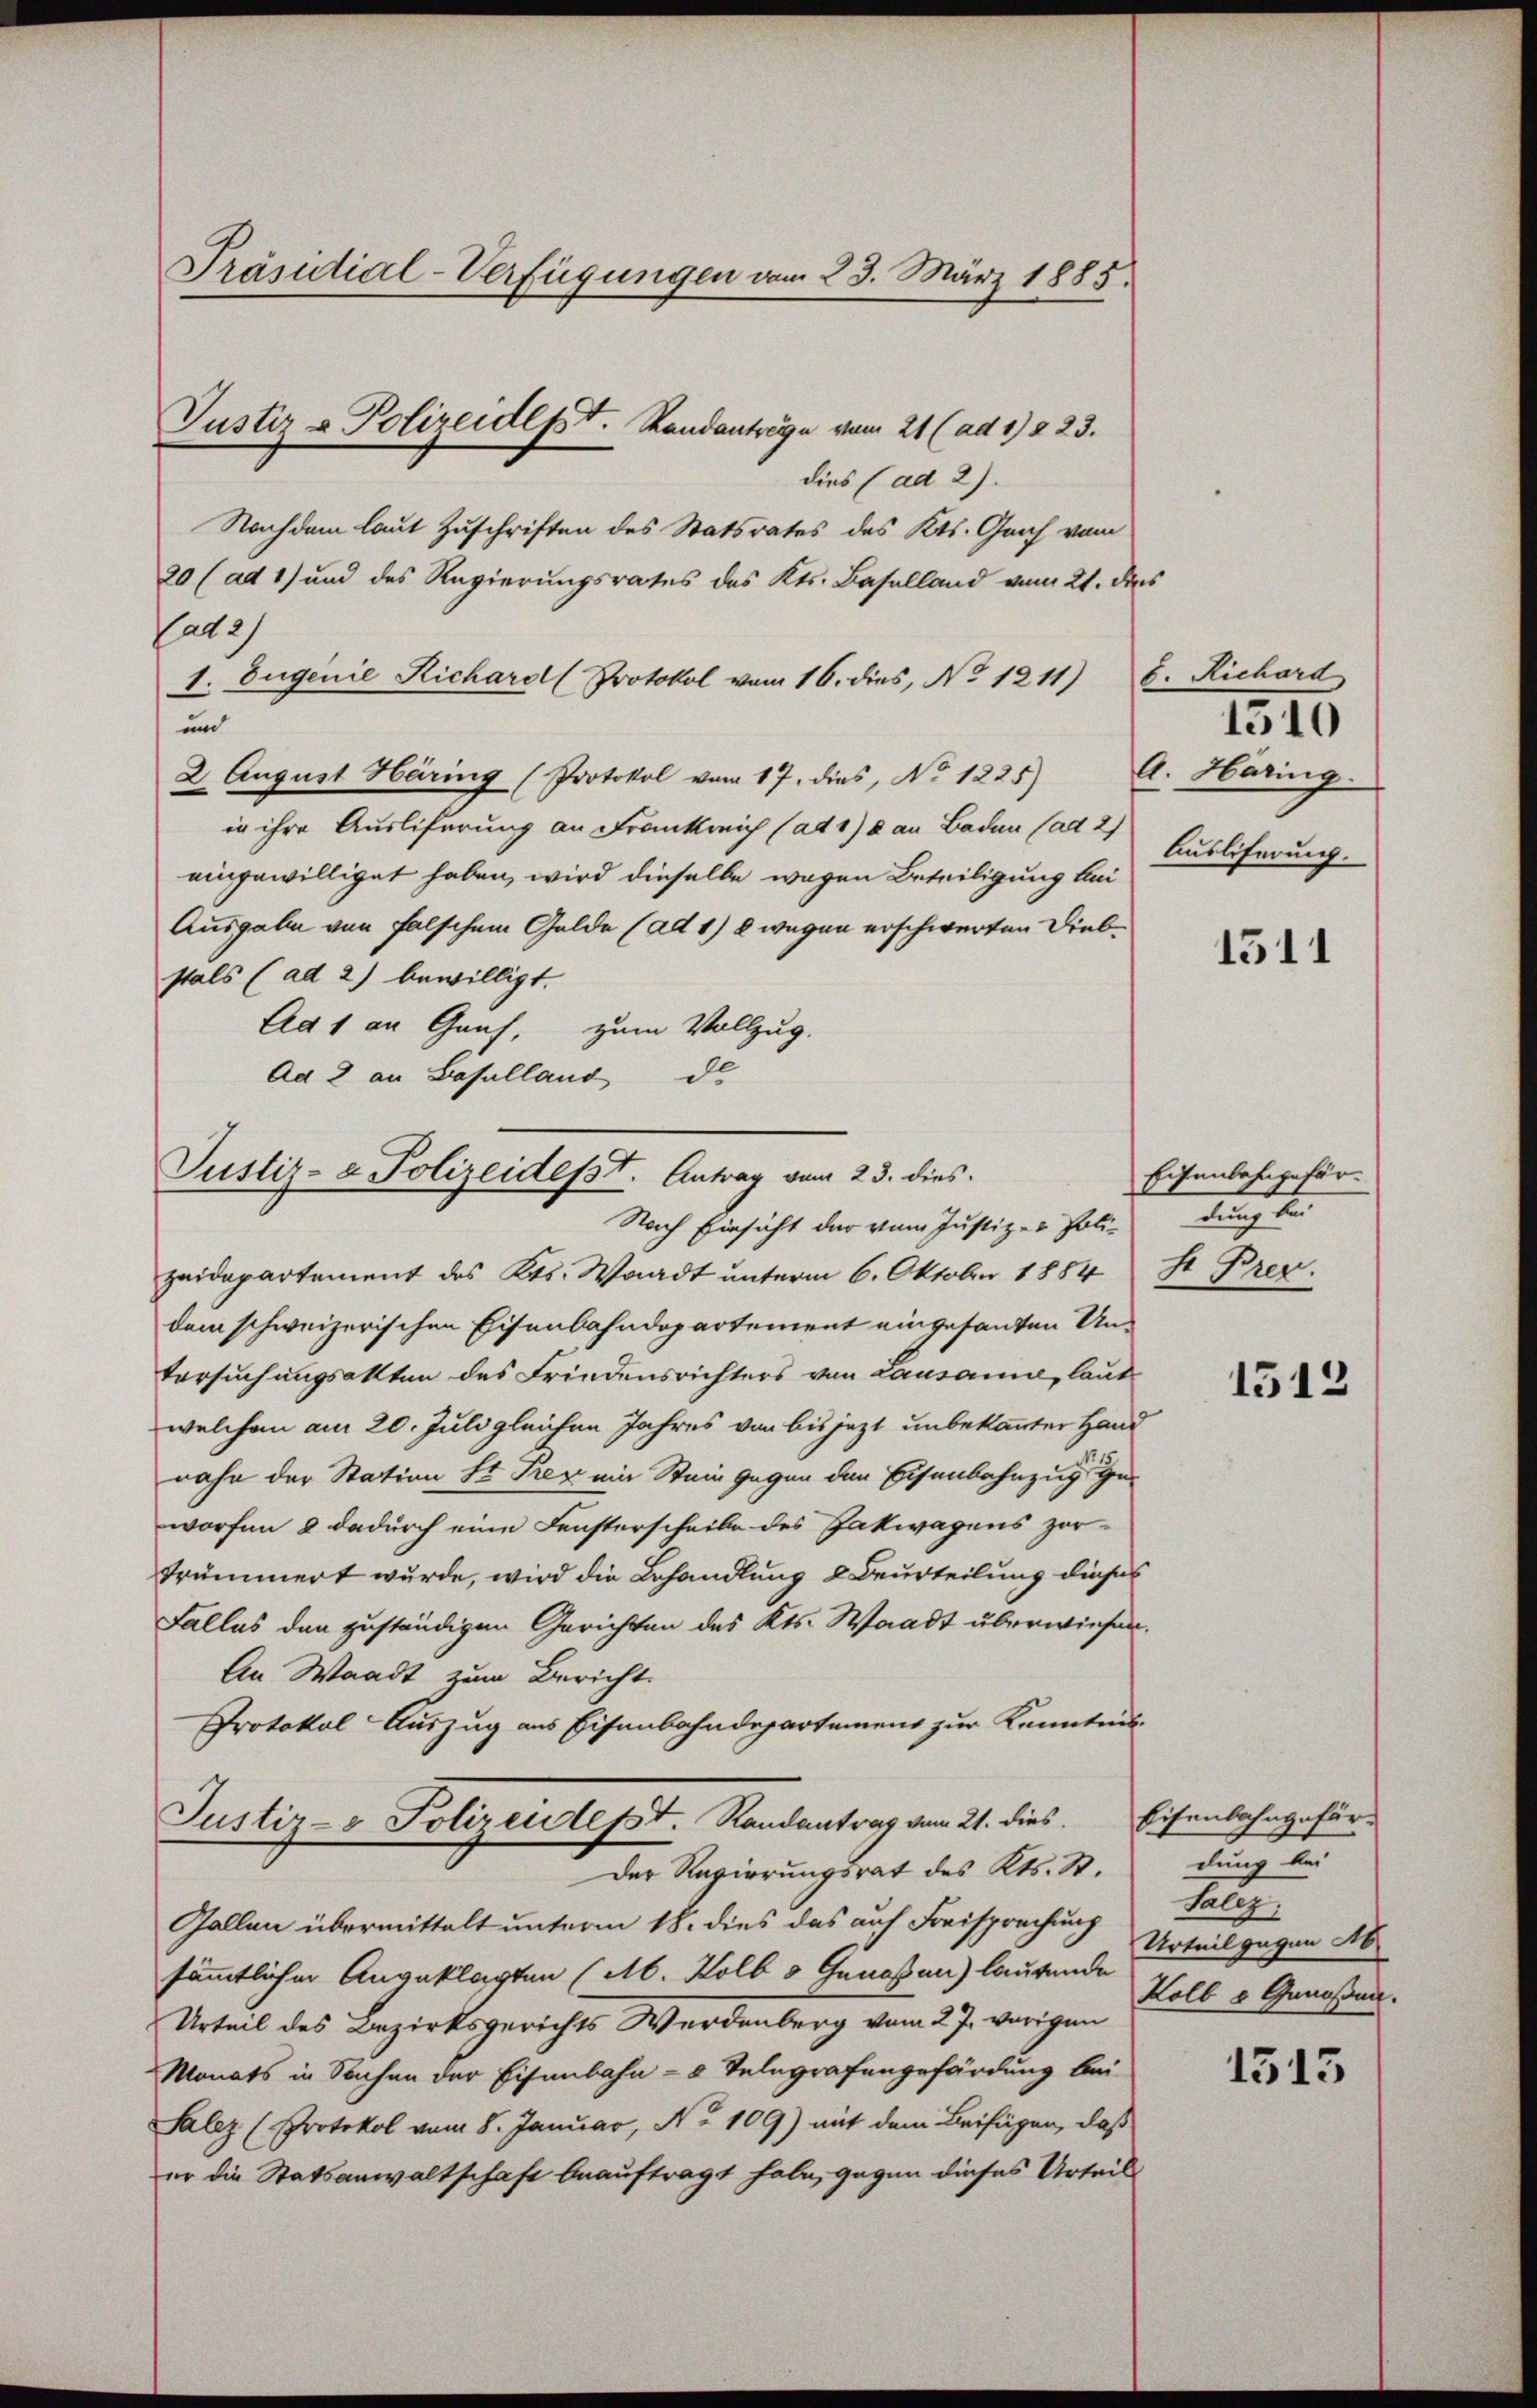
Präsidial-Verfügungen vom 23. März 1885.

dies (ad 2).
Nachdem laut Zuschriften des Statsrates des Kts. Graf vom
20 (ad 1) und des Regierungsrates des Kts. Baselland vom 21. dies
a2)
1. Eugenie Richard (Protokol vom 16. dies, No 1211) S. Richard
und
2 August Häring (Protokol vom 17. dies, No. 1225)
in ihre Ausliferung an Frankreich (ad 1) an Baden (ad 2)
eingewilliget haben, wird dieselbe wegen Beteiligung bei
Ausgabe von falschem Gelde (ad 1) 8 wegen erschwerten Diebstals (ad 2) bewilligt.
Ca 1 an Genf, zum Vollzug.
Ad 2 an Baselland de

Justiz & Polizeidept. Standanträge vom 21 (ad 1) § 23.

Justiz- & Polizeidest. Antrag vom 23. dies
Nach Einsicht der vom Justiz- & Poli¬

zeidepartement des Kts. Waadt unterm 6. Oktober 1884 St. Precdem schweizerischen Eisenbahndepartement eingesandten Un¬
Versuchungsakten des Friedensrichters von Lausanne, laut
welche am 20. Juli gleichen Jahres von bis jetzt unbekannter Hand
nahe der Station St. Pez ein Stein gegen den Eisenbahnzug ge
worfen 8 dadurch eine Fensterscheibe des Jakwagens zertrümmert wurde, wird die Behandlung & Beurteilung dieses
Falles den zuständigen Gerichten des Kts. Waadt überwiesen.
An Waadt zum Bericht.
Protokol-Auszug aus Eisenbahndepartement zur Kenntnis
Justiz- & Polizeidept. Randantrag vom 21. dies. Eisenbahngefür¬
Der Regierungsrat des Kts. St.
Gallen übermittelt unterm 18. dies das auf Freisprachung
sämmtlichen Angeklagten (Ab. Kolb 3 Genossau) lautende
Urteil des Bezirksgerichts Werdenberg vom 27. vorigen
Monats in Sachen der Eisenbahn-8 Telegrafengefärdung bei
Salez (Protokol vom 8. Januar, No 109) mit dem Beifügen, daß
er die Statsanwaltschaft beauftragt habe, gegen dieses Urteil

1510
A. Häring
Ausliferung.

1511

Eisenbahngefördurch de

1512

dung bei
Salez
Urteil gegen Ab
Kolb 3 Genossen.

1513